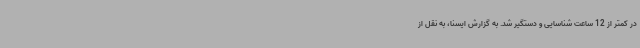
در کمتر از 12 ساعت شناسایی و دستگیر شد. به گزارش ایسنا، به نقل از